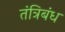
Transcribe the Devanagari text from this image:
तंत्रिबंध